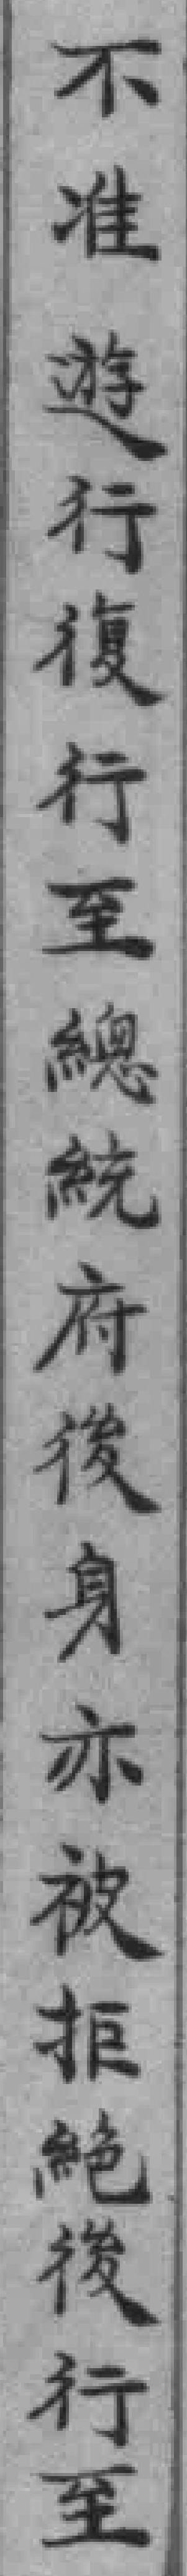
不准遊行復行至總統府後身亦被拒絕後行至